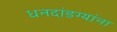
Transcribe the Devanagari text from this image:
धनदांडग्यांना